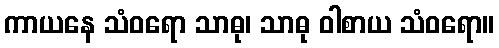
ကာယနေ သံဝရော သာဓု၊ သာဓု ဝါစာယ သံဝရော။